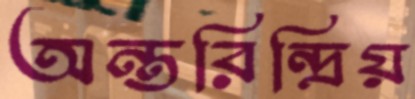
অন্তরিন্দ্রিয়